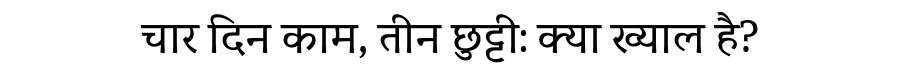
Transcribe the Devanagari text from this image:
चार दिन काम, तीन छुट्टी: क्या ख्याल है?